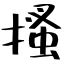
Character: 搔